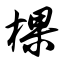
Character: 棵